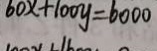
6 0 x + 1 0 0 y = 6 0 0 0